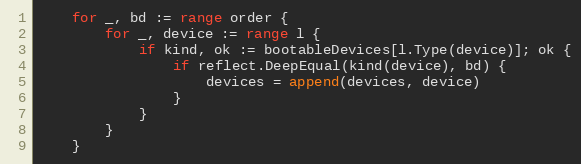
Language: Go
	for _, bd := range order {
		for _, device := range l {
			if kind, ok := bootableDevices[l.Type(device)]; ok {
				if reflect.DeepEqual(kind(device), bd) {
					devices = append(devices, device)
				}
			}
		}
	}